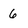
Character: 6